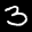
Label: 3